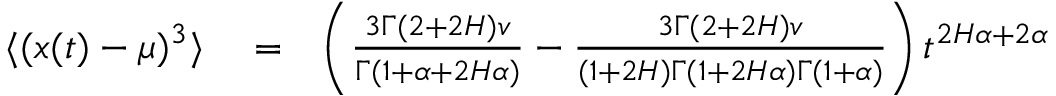
\begin{array} { r l r } { \langle ( x ( t ) - \mu ) ^ { 3 } \rangle } & { { } = } & { \left( \frac { 3 \Gamma ( 2 + 2 H ) v } { \Gamma ( 1 + \alpha + 2 H \alpha ) } - \frac { 3 \Gamma ( 2 + 2 H ) v } { ( 1 + 2 H ) \Gamma ( 1 + 2 H \alpha ) \Gamma ( 1 + \alpha ) } \right) t ^ { 2 H \alpha + 2 \alpha } } \end{array}